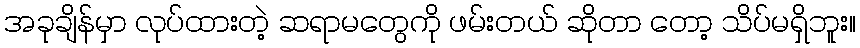
အခုချိန်မှာ လုပ်ထားတဲ့ ဆရာမတွေကို ဖမ်းတယ် ဆိုတာ တော့ သိပ်မရှိဘူး။